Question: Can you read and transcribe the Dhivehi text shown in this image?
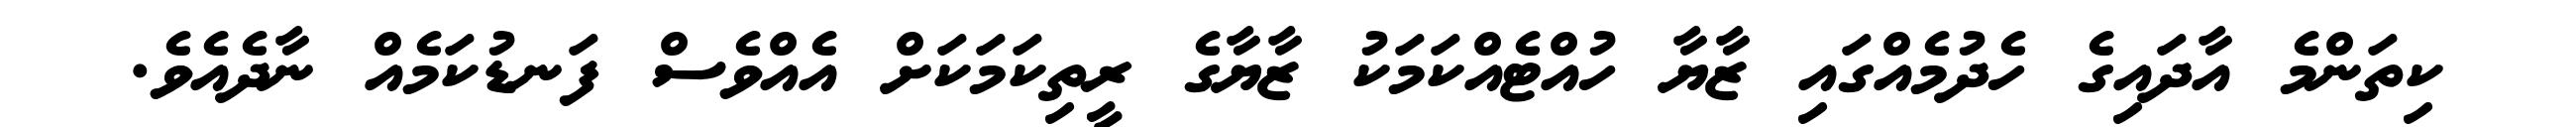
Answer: ކިތަންމެ އާދައިގެ ހެދުމެއްގައި ޒާޔާ ހުއްޓެއްކަމަކު ޒާޔާގެ ރީތިކަމަކަށް އެއްވެސް ފަނޑުކަމެއް ނާދެއެވެ.